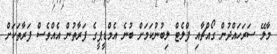
މާލޭ ސަރަހައްދުން ގޯއްޗާއި ފްލެޓް ލިބުނުކަމަށް ބުނެ އެމްޑީޕީގެ ފަރާތުން އެއްވެސް ފަރާތަކަށް